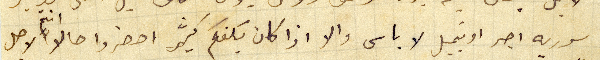
سوريه اجر اوتمبيل لا باس والا اذا كان يكفكم كثير احضروا حالاً انتم لاجل